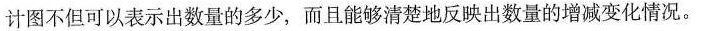
计图不但可以表示出数量的多少，而且能够清楚地反映出数量的增减变化情况。